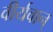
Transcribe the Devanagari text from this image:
वीर्यवान्‌